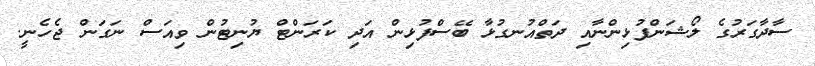
ސާދާގަރުގެ ލޯޝަންފުޅިންނާއި ދަތްއުނގުޅާ ބޭސްފުޅިން އަދި ކަރަންޓް ޔުނިޓުން ވިއަސް ނަގަން ޖެހެނީ.